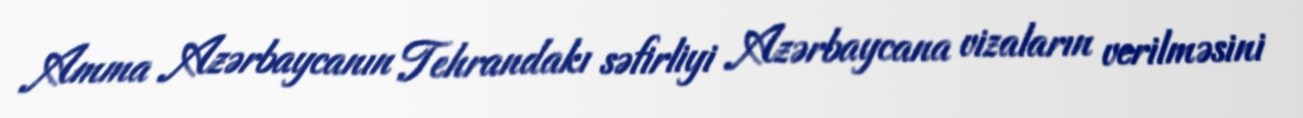
Amma Azərbaycanın Tehrandakı səfirliyi Azərbaycana vizaların verilməsini